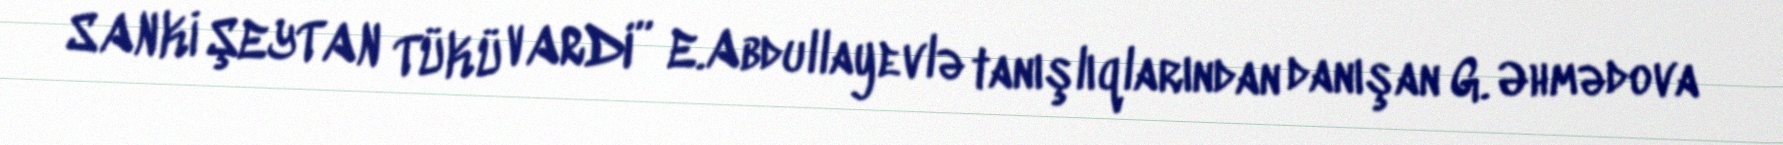
SANKİ ŞEYTAN TÜKÜ VARDI” E.Abdullayevlə tanışlıqlarından danışan G. Əhmədova